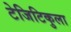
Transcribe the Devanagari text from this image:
टेजिटिकुला